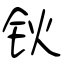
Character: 钬